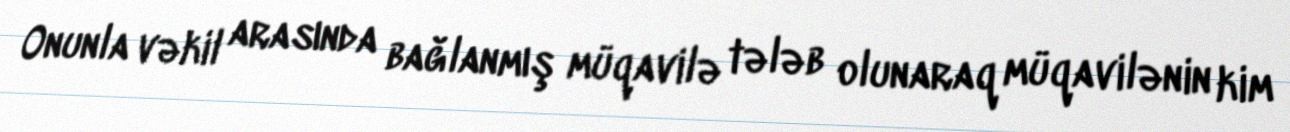
Onunla vəkil arasında bağlanmış müqavilə tələb olunaraq müqavilənin kim